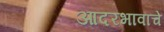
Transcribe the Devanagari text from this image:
आदरभावाचे